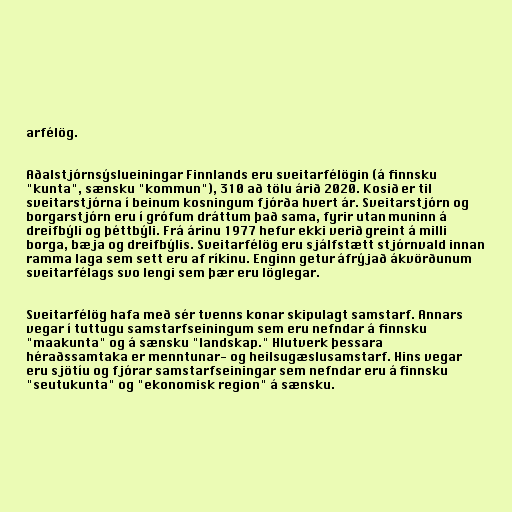
arfélög.

Aðalstjórnsýslueiningar Finnlands eru sveitarfélögin (á finnsku
"kunta", sænsku "kommun"), 310 að tölu árið 2020. Kosið er til
sveitarstjórna í beinum kosningum fjórða hvert ár. Sveitarstjórn og
borgarstjórn eru í grófum dráttum það sama, fyrir utan muninn á
dreifbýli og þéttbýli. Frá árinu 1977 hefur ekki verið greint á milli
borga, bæja og dreifbýlis. Sveitarfélög eru sjálfstætt stjórnvald innan
ramma laga sem sett eru af ríkinu. Enginn getur áfrýjað ákvörðunum
sveitarfélags svo lengi sem þær eru löglegar.

Sveitarfélög hafa með sér tvenns konar skipulagt samstarf. Annars
vegar í tuttugu samstarfseiningum sem eru nefndar á finnsku
"maakunta" og á sænsku "landskap." Hlutverk þessara
héraðssamtaka er menntunar- og heilsugæslusamstarf. Hins vegar
eru sjötíu og fjórar samstarfseiningar sem nefndar eru á finnsku
"seutukunta" og "ekonomisk region" á sænsku.